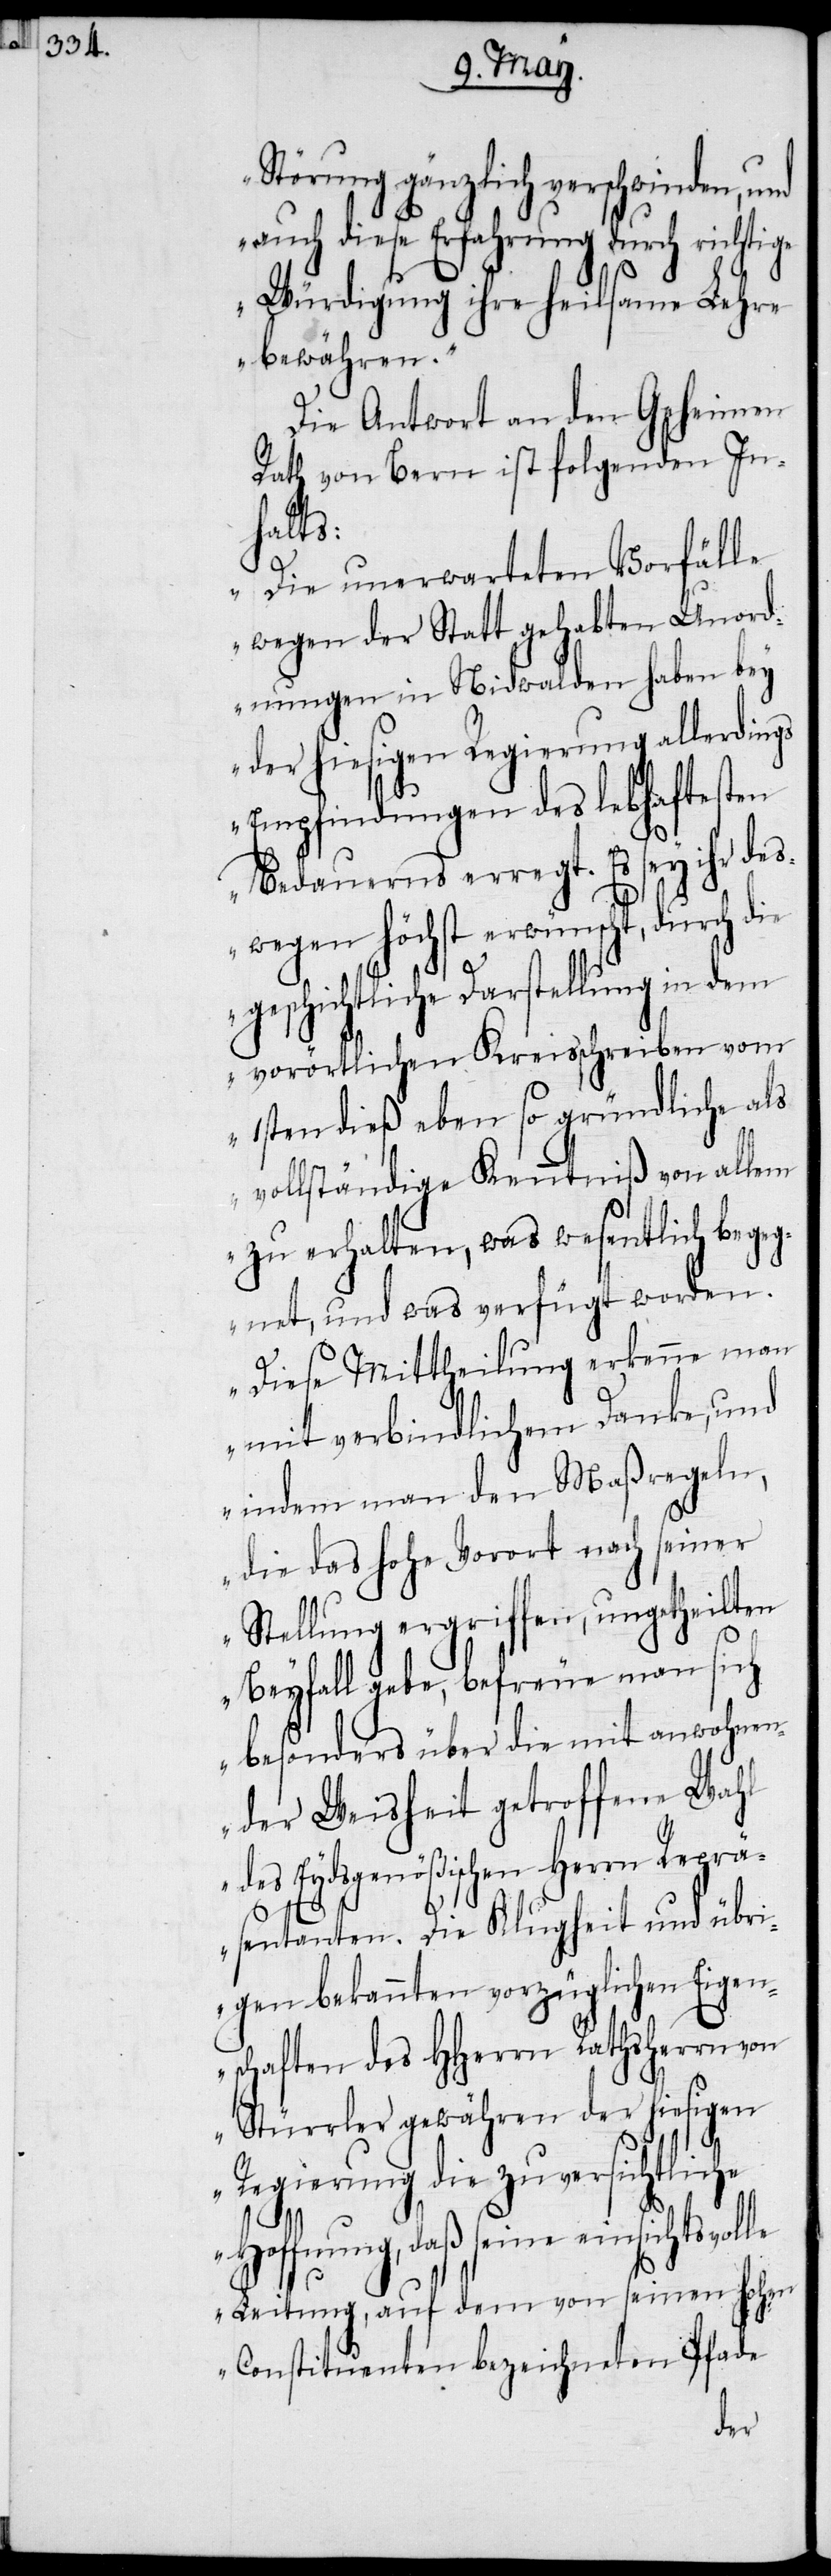
Störung gänzlich verschwinden, und
auch diese Erfahrung durch richtige
Würdigung ihre heilsame Lehre
bewähren.“
Die Antwort an den Geheimen
Rath von Bern ist folgenden In¬
halts:
„Die unerwarteten Vorfälle
wegen der Statt gehabten Unord¬
nungen in Nidwalden haben bey
der hiesigen Regierung allerdings
swegen höchst erwünscht, durch die
geschichtliche Darstellung in dem
vorörtlichen Kreisschreiben vom
1sten dieß eben so gründliche als
vollständige Kenntniß von allem
zu erhalten, was wesentlich begeg¬
net, und was verfügt worden.
Diese Mittheilung erkenne man
mit verbindlichem Danke, und
indem man den Maßregeln,
die das hohe Vorort nach seiner
Stellung ergriffen, ungetheilten
Beyfall gebe, befreue man sich
besonders über die mit anwohnen¬
der Weisheit getroffene Wahl
des Eydsgenößischen Herrn Reprä¬
sentanten. Die Klugheit und übr¬
igen bekannten vorzüglichen Eigen¬
schaften des HHerrn Rathsherrn von
Stürrler gewähren der hiesigen
Regierung die zuversichtliche
Hoffnung, daß seine einsichtsvolle
Leitung, auf dem von seinen hohen
Constituenten bezeichneten Pfade
de¬